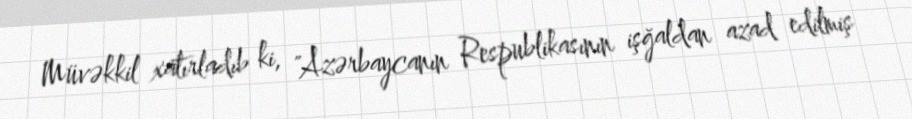
Müvəkkil xatırladıb ki, "Azərbaycanın Respublikasının işğaldan azad edilmiş